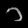
Digit: ၁